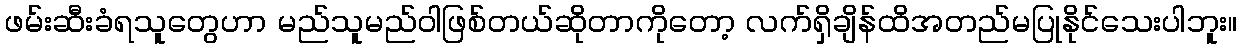
ဖမ်းဆီးခံရသူတွေဟာ မည်သူမည်ဝါဖြစ်တယ်ဆိုတာကိုတော့ လက်ရှိချိန်ထိအတည်မပြုနိုင်သေးပါဘူး။